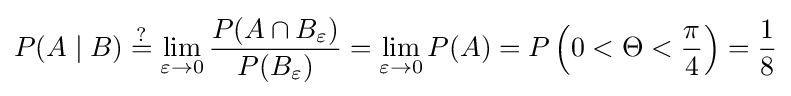
P(A\mid B)\mathrel {\stackrel {?}{=}} \lim _{\varepsilon \to 0}{\frac {P(A\cap B_{\varepsilon })}{P(B_{\varepsilon })}}=\lim _{\varepsilon \to 0}P(A)=P\left(0<\Theta <{\frac {\pi }{4}}\right)={\frac {1}{8}}